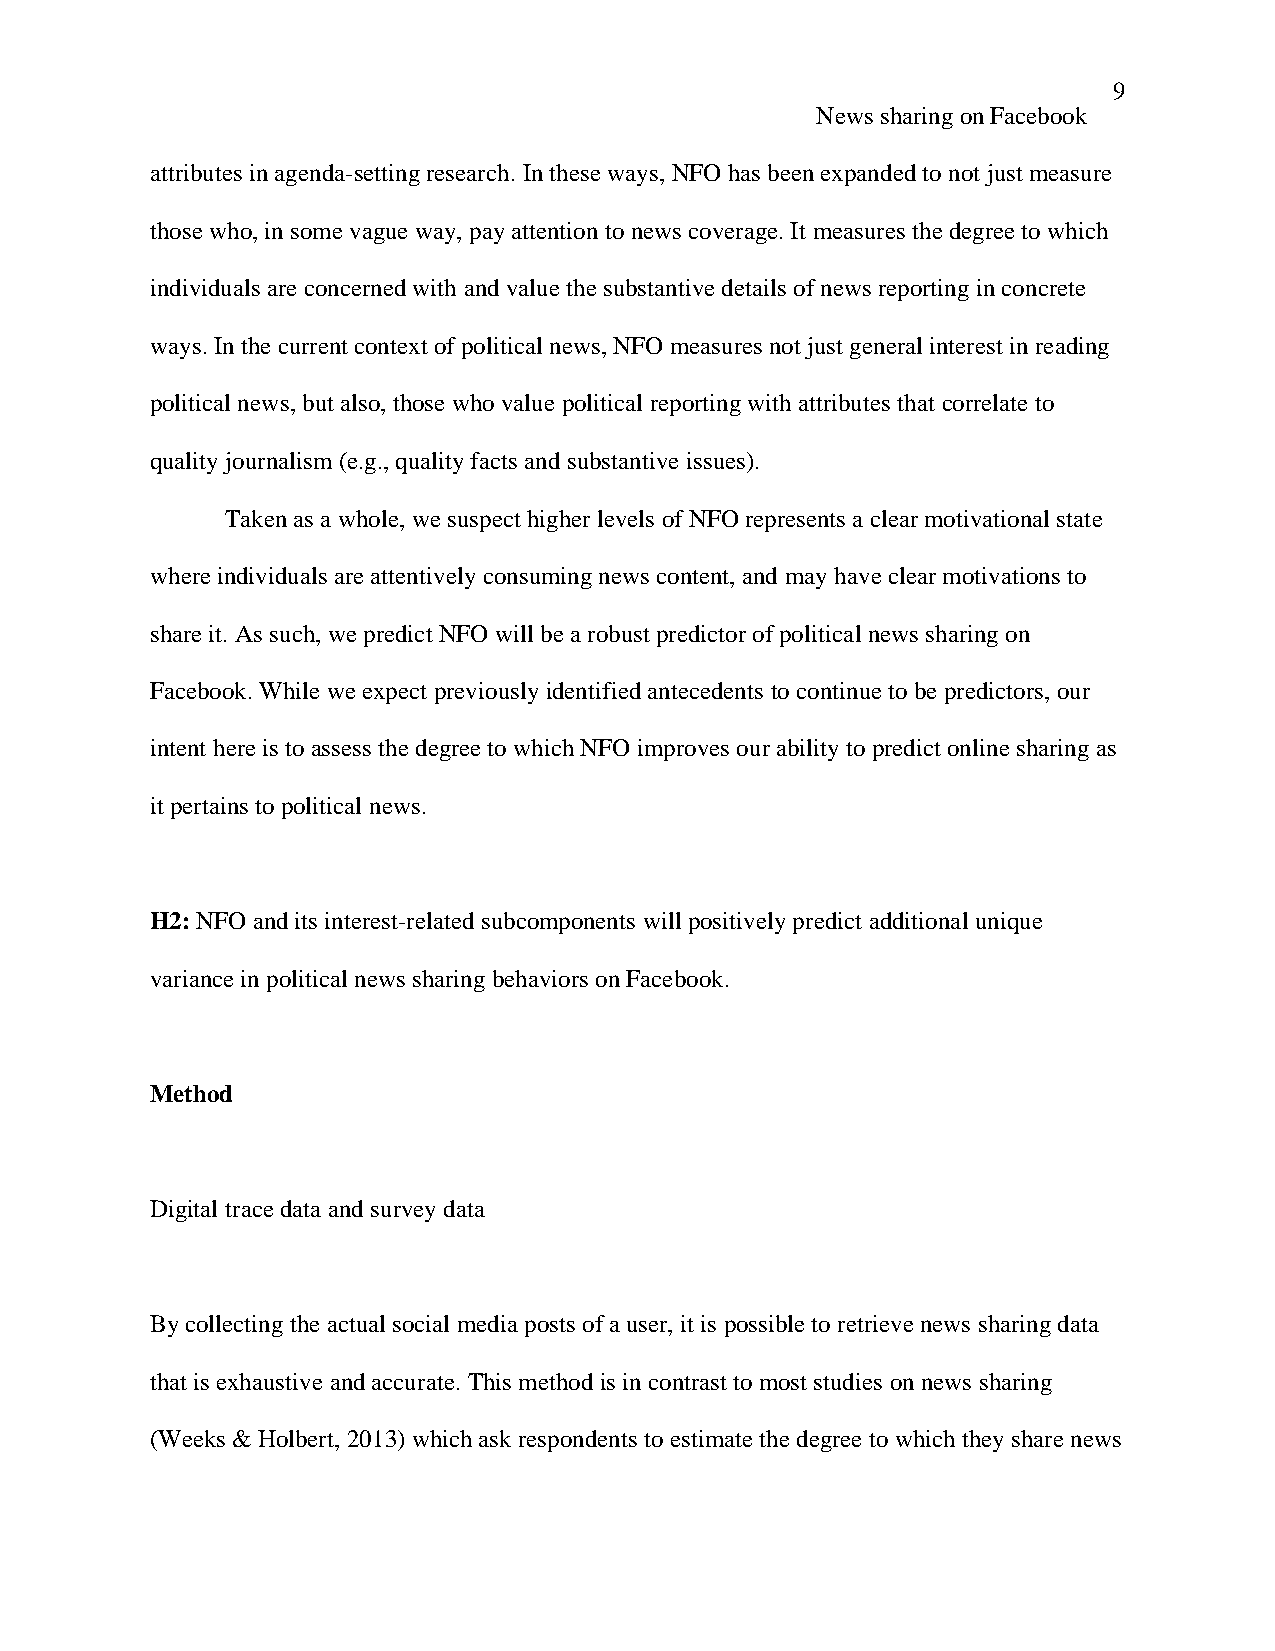
9
 News sharing on Facebook
 attributes in agenda-setting research. In these ways, NFO has been expanded to not just measure
 those who, in some vague way, pay attention to news coverage. It measures the degree to which
 individuals are concerned with and value the substantive details of news reporting in concrete
 ways. In the current context of political news, NFO measures not just general interest in reading
 political news, but also, those who value political reporting with attributes that correlate to
 quality journalism (e.g., quality facts and substantive issues).
 Taken as a whole, we suspect higher levels of NFO represents a clear motivational state
 where individuals are attentively consuming news content, and may have clear motivations to
 share it. As such, we predict NFO will be a robust predictor of political news sharing on
 Facebook. While we expect previously identified antecedents to continue to be predictors, our
 intent here is to assess the degree to which NFO improves our ability to predict online sharing as
 it pertains to political news.
 H2: NFO and its interest-related subcomponents will positively predict additional unique
 variance in political news sharing behaviors on Facebook.
 Method
 Digital trace data and survey data
 By collecting the actual social media posts of a user, it is possible to retrieve news sharing data
 that is exhaustive and accurate. This method is in contrast to most studies on news sharing
 (Weeks & Holbert, 2013) which ask respondents to estimate the degree to which they share news